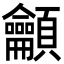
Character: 龥